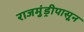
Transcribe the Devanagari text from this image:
राजमुंड्रीपासून